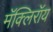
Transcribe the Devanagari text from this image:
मॅक्लिरॉय